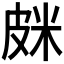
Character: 𰤦